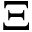
\Xi